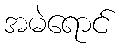
အမဲရောင်